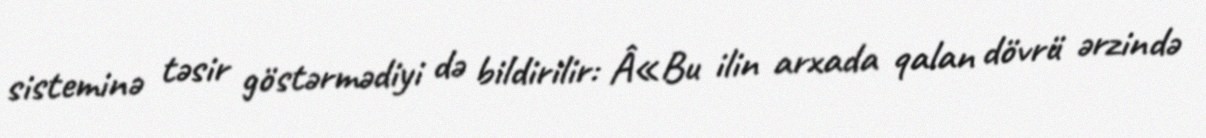
sisteminə təsir göstərmədiyi də bildirilir: Â«Bu ilin arxada qalan dövrü ərzində